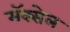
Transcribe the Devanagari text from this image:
मॅक्‍सेल